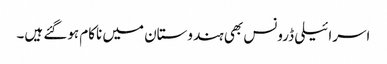
اسرائیلی ڈرونس بھی ہندوستان میں ناکام ہوگئے ہیں۔